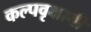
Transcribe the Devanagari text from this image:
कल्पवृक्षाची